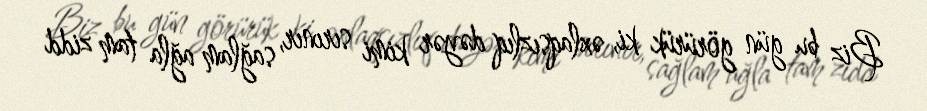
Biz bu gün görürük ki, əxlaqsızlıq dəyər kimi sırınır, sağlam ağla tam zidd